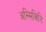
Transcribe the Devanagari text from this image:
अस्मिन्निति